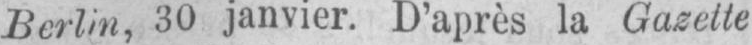
Berlin, 30 janvier. D’après la Gazette